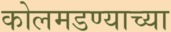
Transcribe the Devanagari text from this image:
कोलमडण्याच्या